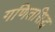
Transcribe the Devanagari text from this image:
गणितसिद्ध